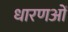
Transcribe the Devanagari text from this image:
धारणओं